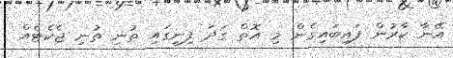
އޭނާ ކާރުން ފައިބައިގެން މި އޮތް ގަދަ ފިނީގައި ތުނި ތުނި ޖެކެޓެއް